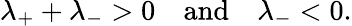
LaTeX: \lambda_{+}+\lambda_{-}>0\quad\mathrm{and}\quad\lambda_{-}<0.